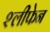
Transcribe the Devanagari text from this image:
श्लीफेन